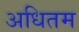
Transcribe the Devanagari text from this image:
अधितम